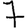
Digit: 7